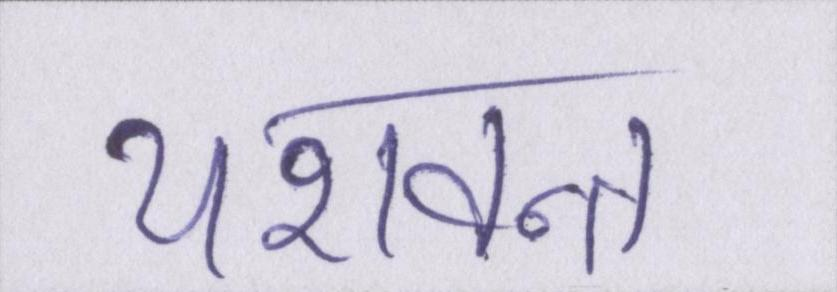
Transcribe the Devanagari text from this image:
यशवन्त